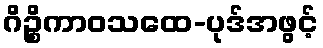
ဂိဉ္စိကာဝသထေ-ပုဒ်အဖွင့်